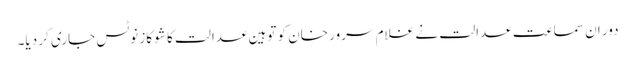
دور ان سماعت عدالت نے غلام سرور خان کو توہین عدالت کا شو کاز نوٹس جاری کر دیا۔